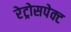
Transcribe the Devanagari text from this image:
रेट्रोसपेक्ट